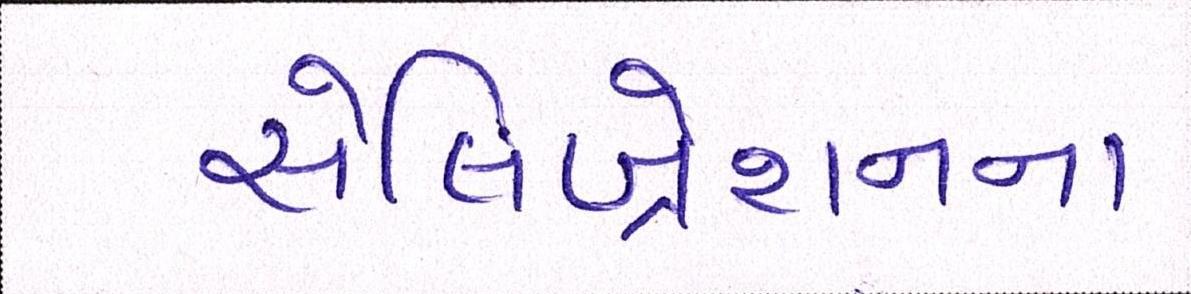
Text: સેલિબ્રેશનના